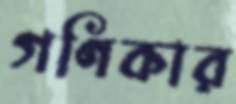
গণিকার